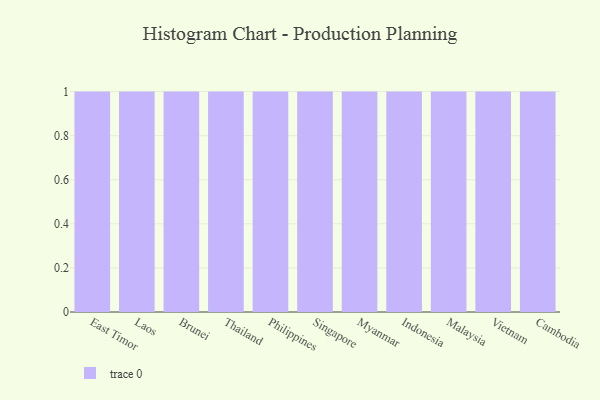
{"axis": {"x": "Country", "y": "Headcount"}, "legend": [""], "data": [{"x": "East Timor", "y": 35, "type": ""}, {"x": "Laos", "y": 53, "type": ""}, {"x": "Brunei", "y": 86, "type": ""}, {"x": "Thailand", "y": 69, "type": ""}, {"x": "Philippines", "y": 30, "type": ""}, {"x": "Singapore", "y": 84, "type": ""}, {"x": "Myanmar", "y": 56, "type": ""}, {"x": "Indonesia", "y": 12, "type": ""}, {"x": "Malaysia", "y": 40, "type": ""}, {"x": "Vietnam", "y": 29, "type": ""}, {"x": "Cambodia", "y": 22, "type": ""}]}